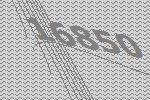
16850